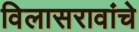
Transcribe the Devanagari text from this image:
विलासरावांचे